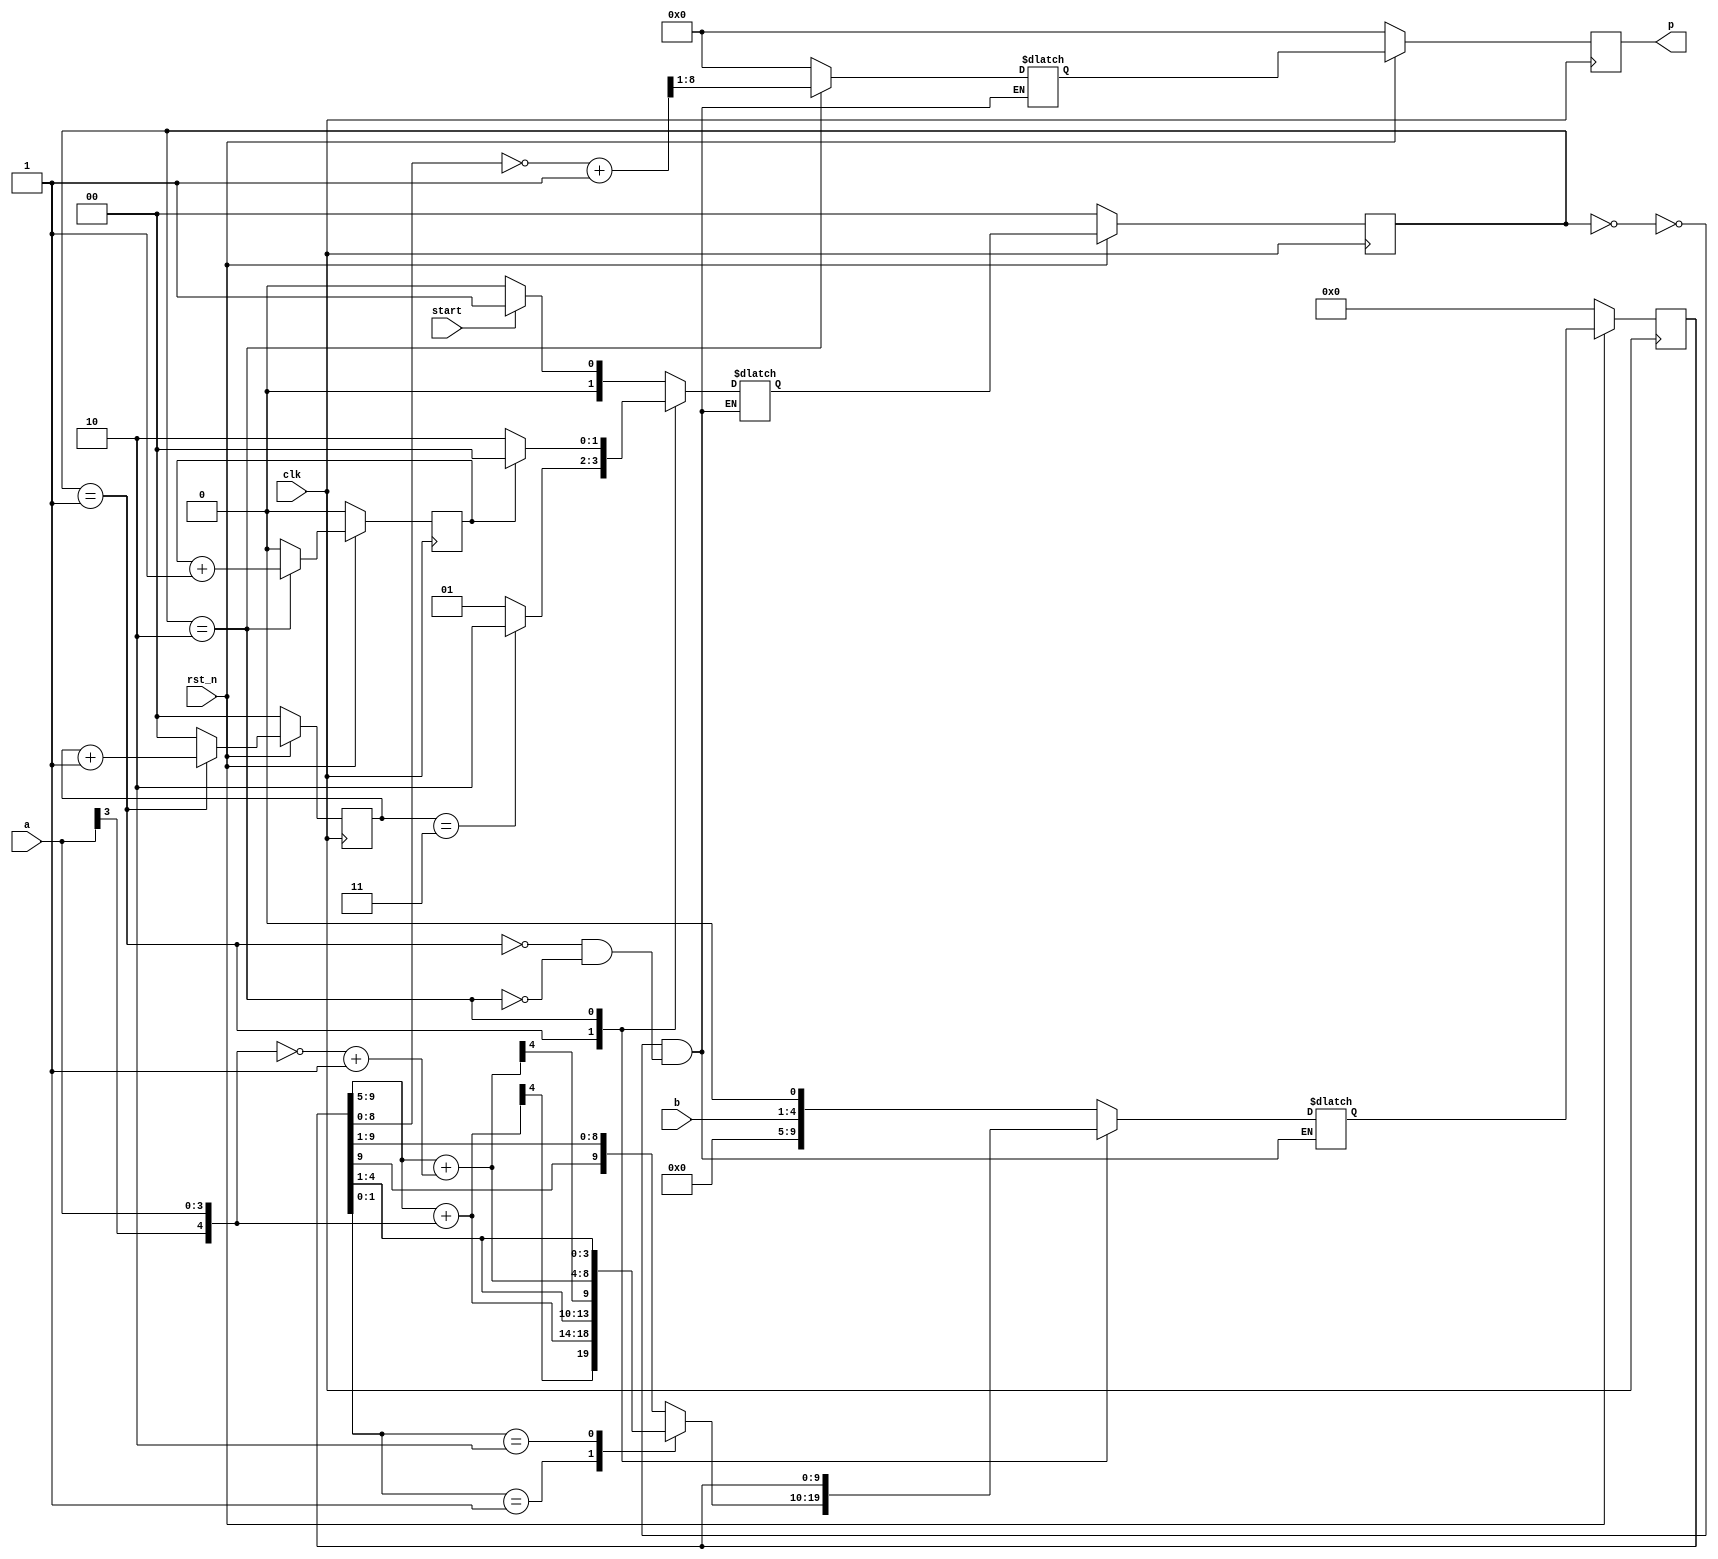
module Booth_Multiplier_4bit(clk, rst_n, start, a, b, p);
    input clk;
    input rst_n; 
    input start;
    input signed [3:0] a, b;
    output signed [7:0] p;

    parameter WAIT = 2'b00;
	parameter CAL = 2'b01;
	parameter FINISH = 2'b10;

    reg signed [7:0] p, next_p;
    reg [1:0] state, next_state;

    reg [1:0] cal_counter, next_cal_counter;
    reg finish_counter, next_finish_counter;

	wire signed[9:0] ans = ~tmp_p+1'b1;
    wire signed[4:0] a_5bit = {a[3], a}; //01
    wire signed[4:0] a_5bit_cmp = ~({a[3], a})+1'b1; //10
    reg signed[9:0] tmp_p, next_tmp_p;
	wire [9:0] add_a = {(tmp_p[9:5]+a_5bit), tmp_p[4:0]};
	wire [9:0] add_a_cmp = {(tmp_p[9:5]+a_5bit_cmp), tmp_p[4:0]};

    always @(*) begin
        next_finish_counter = (state == FINISH)? finish_counter + 1: 0;
    end

    always @(*) begin
        if (state == CAL) begin
            next_cal_counter = cal_counter + 1;
        end 
        else begin
            next_cal_counter = 0;
        end
    end

    always @(posedge clk) begin
        if (!rst_n)begin
            state <= WAIT;
            tmp_p <= 0;
            p <= 0;
			cal_counter <= 0;
			finish_counter <= 0;
        end
        else begin
            state <= next_state;
            tmp_p <= next_tmp_p;
            p <= next_p;
			cal_counter <= next_cal_counter;
			finish_counter <= next_finish_counter;
        end
    end

    always @(*) begin
        case (state)
            WAIT: begin 
                if (start) next_state = CAL;
                else next_state = WAIT;
            end
            CAL: begin
                if (cal_counter == 2'd3) next_state = FINISH;
                else next_state = CAL;
            end
            FINISH : begin 
                next_state = (finish_counter == 1)? WAIT: FINISH;
            end
        endcase  
    end

    always @(*) begin
        case (state)
            WAIT: begin 
                next_tmp_p = {5'b00000, b, 1'b0};
            end
            CAL: begin
                case (tmp_p[1:0])
                    2'b00, 2'b11: begin 
                        next_tmp_p = {tmp_p[9], tmp_p[9:1]};
                    end
                    2'b01: begin
                        next_tmp_p = {add_a[9], add_a[9:1]};
                    end
                    2'b10: begin 
                        next_tmp_p = {add_a_cmp[9], add_a_cmp[9:1]}; 
                    end
                endcase                 
            end
            FINISH : begin 
                next_tmp_p = tmp_p;
            end
        endcase    
    end

    always @(*) begin
        case (state)
            WAIT: begin 
                next_p = 8'b0;
            end
            CAL: begin
                next_p = 8'b0;
            end
            FINISH : begin 
                next_p = ans[8:1];
            end
        endcase    
    end

endmodule